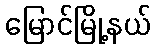
မြောင်မြို့နယ်